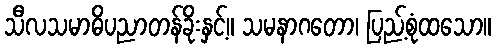
သီလသမာဓိပညာတန်ခိုးနှင့်။ သမနာဂတော၊ ပြည့်စုံထသော။